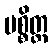
ပစ္စိတ္ထ